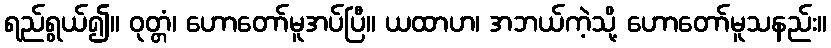
ရည်ရွယ်၍။ ဝုတ္တံ၊ ဟောတော်မူအပ်ပြီ။ ယထာဟ၊ အဘယ်ကဲ့သို့ ဟောတော်မူသနည်း။